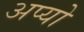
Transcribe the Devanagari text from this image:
अप्यो